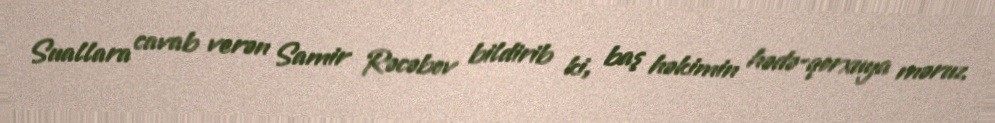
Suallara cavab verən Samir Rəcəbov bildirib ki, baş həkimin hədə-qorxuya məruz